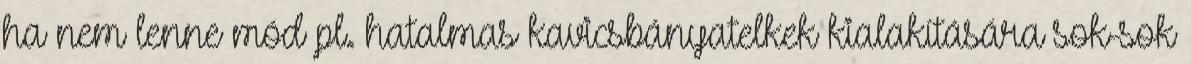
ha nem lenne mód pl. hatalmas kavicsbányatelkek kialakítására sok-sok